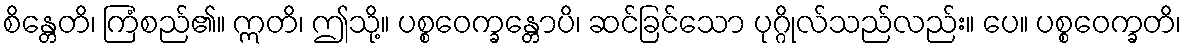
စိန္တေတိ၊ ကြံစည်၏။ ဣတိ၊ ဤသို့။ ပစ္စဝေက္ခန္တောပိ၊ ဆင်ခြင်သော ပုဂ္ဂိုလ်သည်လည်း။ ပေ။ ပစ္စဝေက္ခတိ၊